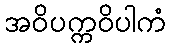
အဝိပက္ကဝိပါကံ